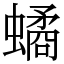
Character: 𧑐